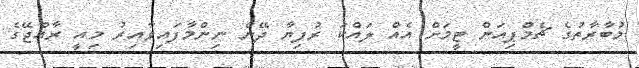
މުބާރާތުގެ ޗެމްޕިއަން ޓީމަށް އެއް ލައްކަ ރުފިޔާ ދޭން ނިންމާފައިވާއިރު މިއީ ރާއްޖޭގެ